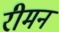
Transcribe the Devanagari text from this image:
रीमन